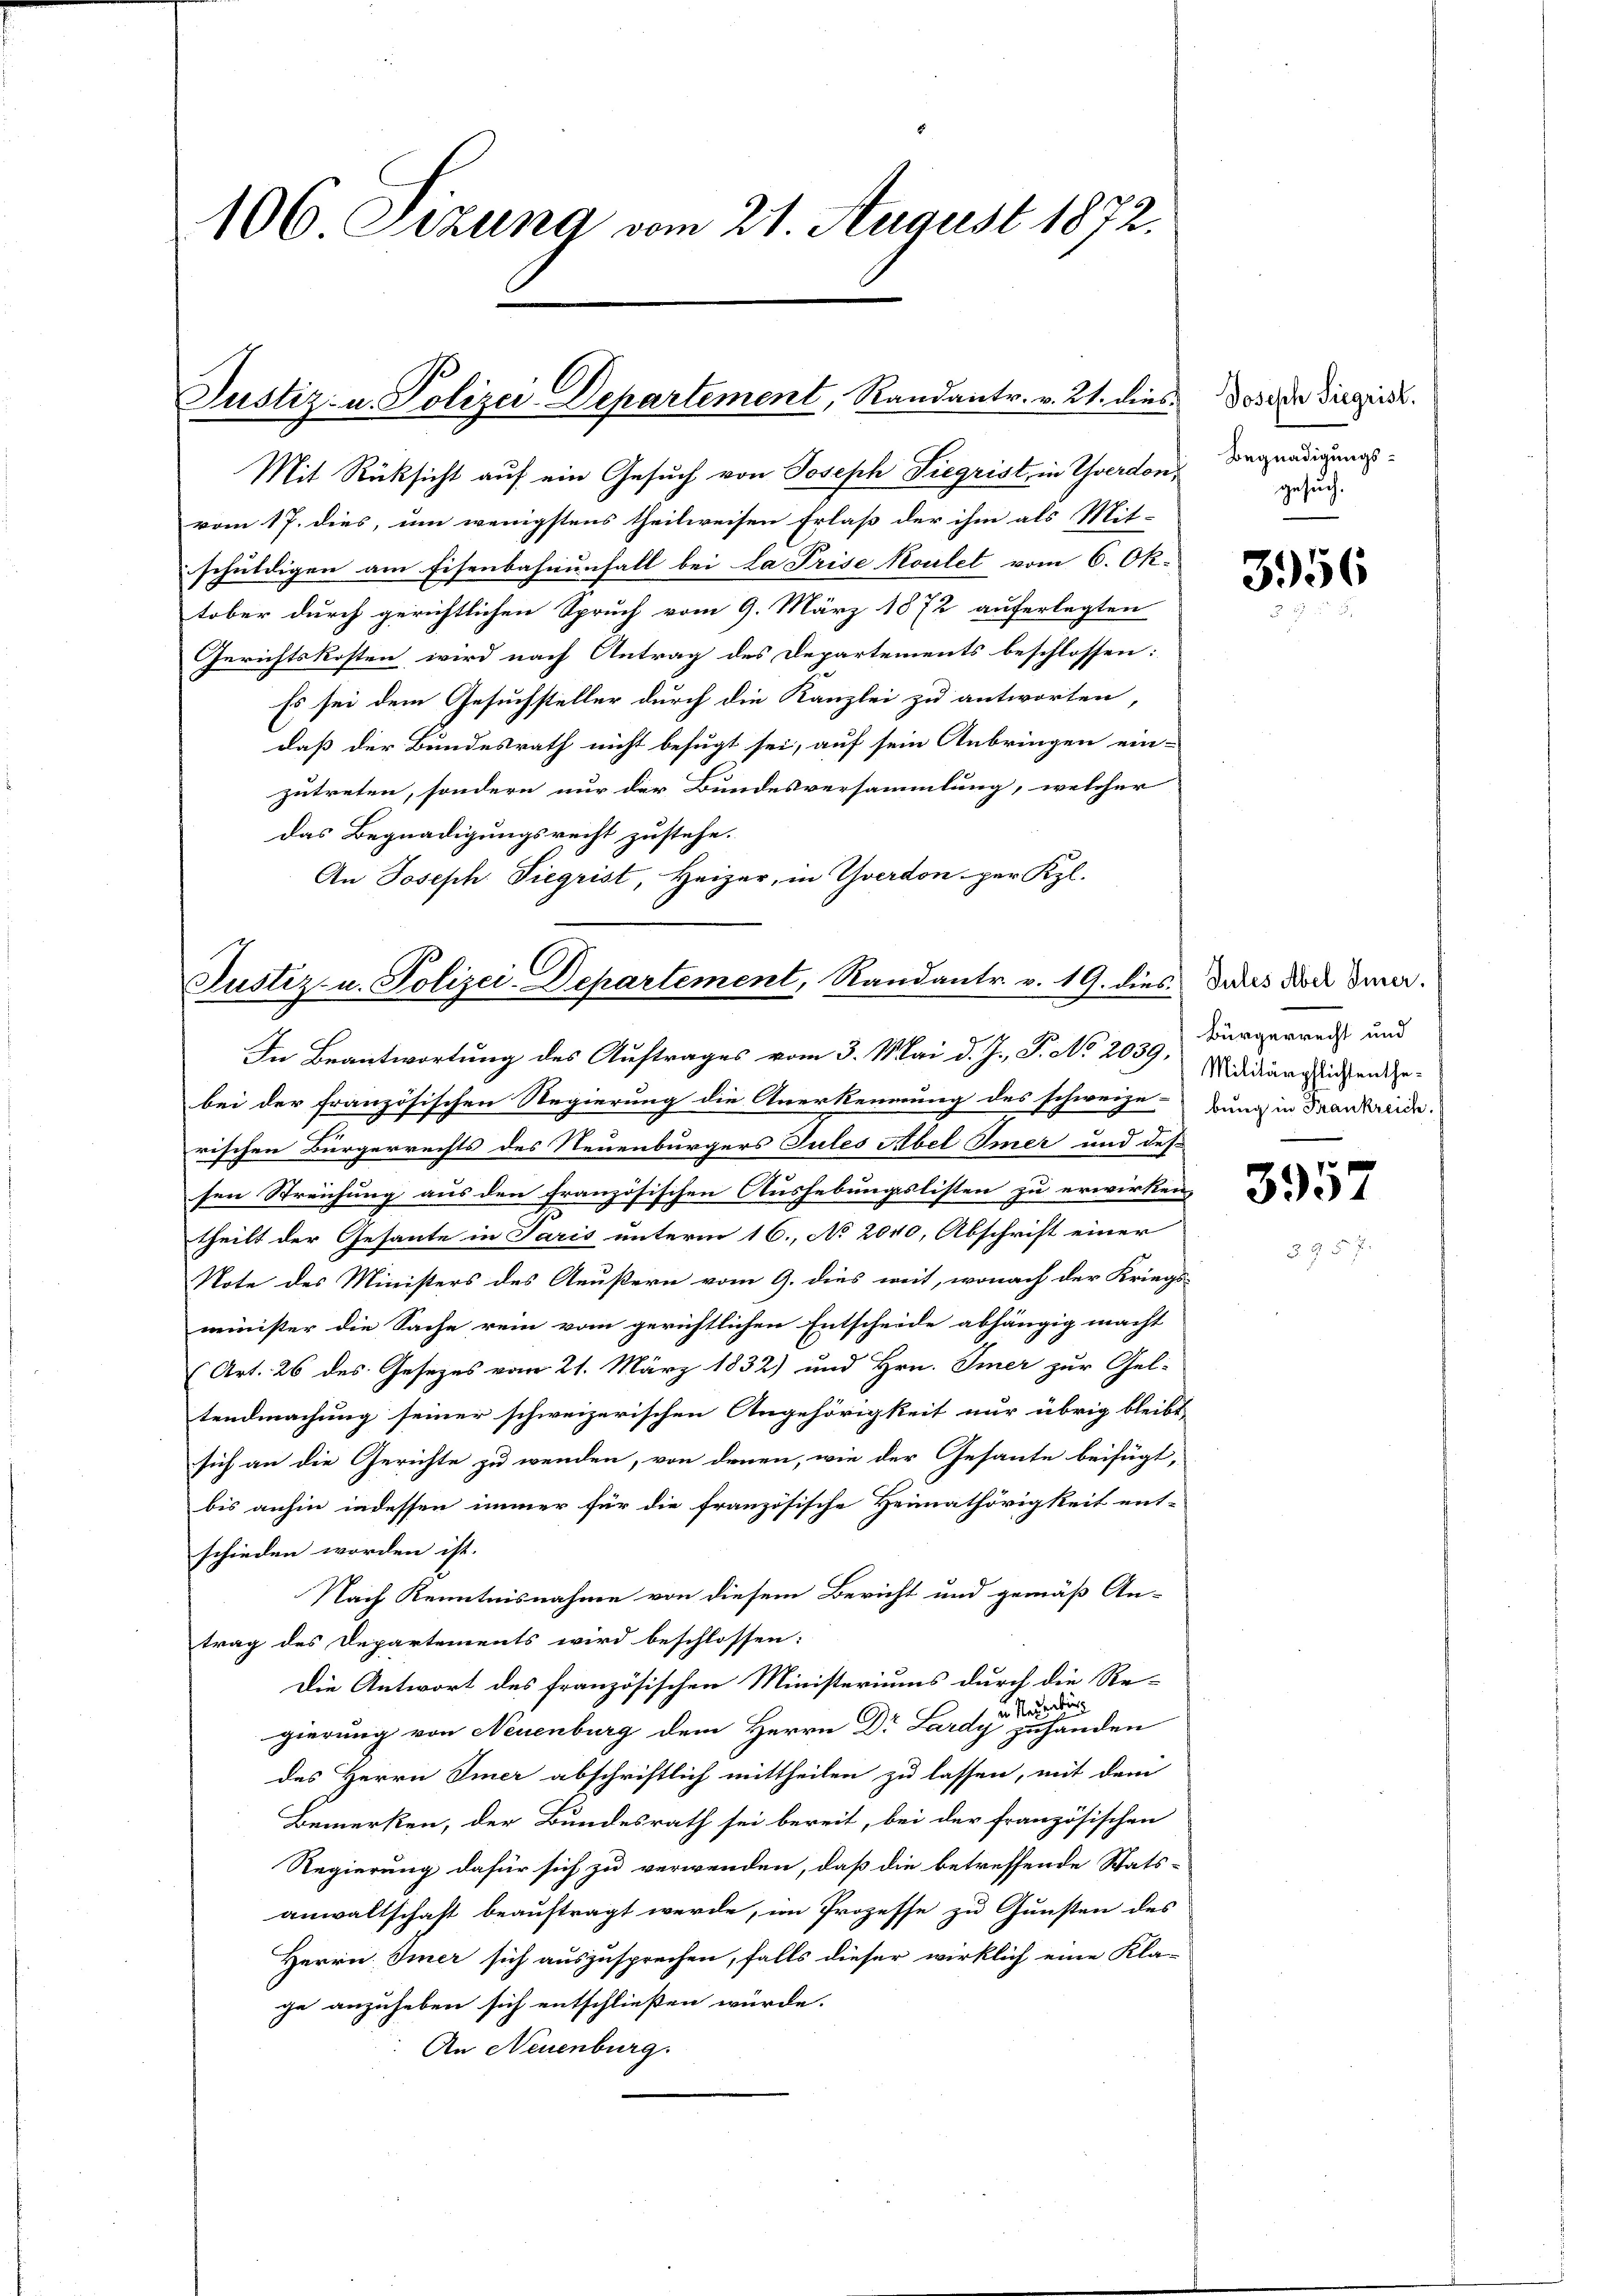
106 Sizung vom 21. August 1872.

Justiz- u. Polizei-Departement, Randantr. v. 21. dies

Mit Rücksicht auf ein Gesuch von Joseph Siegrist, in Yverdon,
vom 17. dies, um wenigstens theilweisen Erlaß der ihm als Mit-
schuldigen am Eisenbahnunfall bei La Prise Koulet vom 6. Ok-
tober durch gerichtlichen Spruch vom 9. März 1872 auferlegten
Gerichtskosten wird nach Antrag des Departements beschlossen:
Es sei dem Gesuchsteller durch die Kanzlei zu antworten,
dass der Bundesrath nicht befugt sei, auf sein Anbringen ein-
zutreten, sondern nur der Bundesversammlung, welcher
das Begnadigungsrecht zustehe.
An Joseph Siegrist, Heizer, in Yverdon, per Kzl.

Justiz- u. Polizei-Departement, Randantr. v. 19. dies dies doch die
In Beantwortung des Auftrages vom 3. Mai d. J. P. No 2039 Middänglichen ge¬

bei der französischen Regierung die Anerkennung des schweize-bung in Frankreide.
rischen Bürgerrechts des Neuenburgers Tules Abel Imer und des
sen Streichung aus den französischen Aushebungslisten zu erwirken,
theilt der Gesante in Paris unterm 16. No 2040, Abschrift einer
Note des Ministers des Aeußern vom 9. dies weit, wonach der Kriegs-
minister die Sache rein vom gerichtlichen Entscheide abhängig macht
Art. 26 des Gesezes vom 21. März 1832) und Hrn. Immer zur Gel-
tendmachung seiner schweizerischen Angehörigkeit nur übrig bleibt
sich an die Gerichte zu wenden, von denen, wie der Gesante beifügt,
bis anhin indessen immer für die französische Heimathörigkeit ent-
schieden worden ist.
Nach Kenntnisnahme von diesem Bericht und gemäß An-
trag des Departements wird beschlossen:
Die Antwort des französischen Ministeriums durch die Rein Neuenburg
gierung von Neuenburg dem Herrn Dr. Lardy zuhanden
des Herrn Einer abschriftlich mittheilen zu lassen, mit dem
Bemerken, der Bundesrath sei bereit, bei der französischen
Regierung dafür sich zu verwenden, daß die betreffende Stats-
anwaltschaft beauftragt werde, im Prozesse zu Gunsten des
Herrn Immer sich auszusprechen, falls dieser wirklich eine Kla-
ge anzuheben sich entschließen würde.
An Neuenburg.

Joseph Siegrist.
Begnadigungsgesuch

3956

Bürgerrecht und

3957